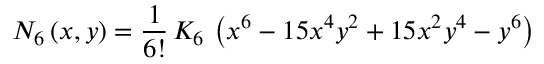
N _ { 6 } \left( x , y \right) = \frac { 1 } { 6 ! } \, K _ { 6 } \, \left( x ^ { 6 } - 1 5 x ^ { 4 } y ^ { 2 } + 1 5 x ^ { 2 } y ^ { 4 } - y ^ { 6 } \right)